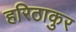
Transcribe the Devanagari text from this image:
हरिठाकुर